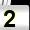
Digit: 2